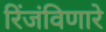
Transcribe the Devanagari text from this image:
रिंजंविणारे